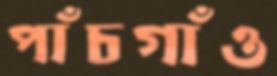
পাঁচগাঁও